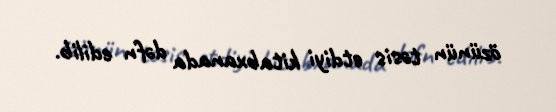
özünün təsis etdiyi kitabxanada dəfn edilib.